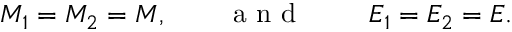
M _ { 1 } = M _ { 2 } = M , \qquad \mathrm { ~ a ~ n ~ d ~ \qquad ~ } E _ { 1 } = E _ { 2 } = E .